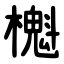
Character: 櫆